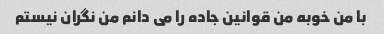
با من خوبه من قوانین جاده را می دانم من نگران نیستم